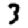
Digit: 3